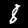
Label: 8